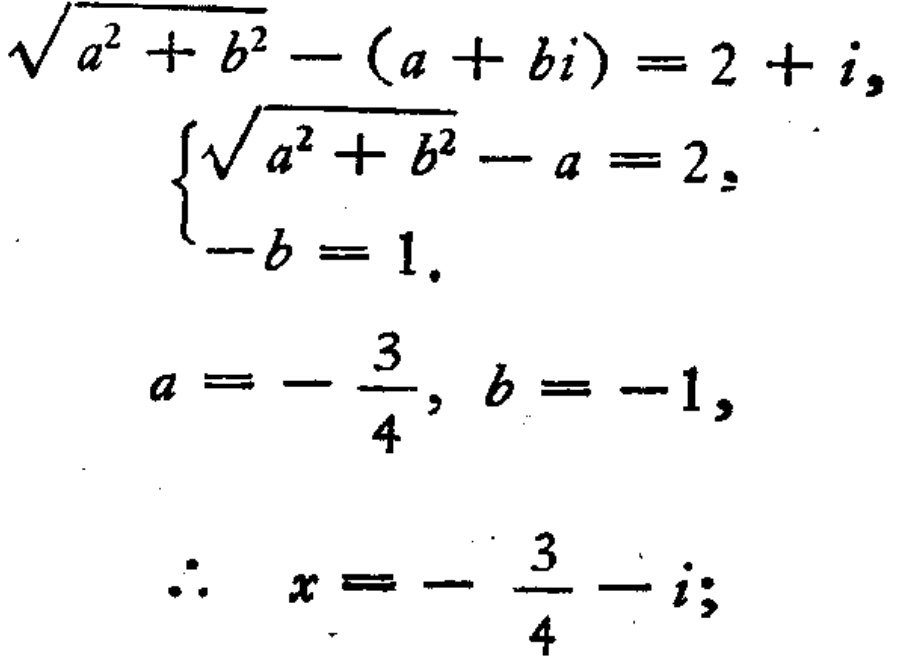
\[

\begin{align*}

\sqrt{a^{2}+b^{2}}-(a + bi)&=2 + i,\\

\begin{cases}

\sqrt{a^{2}+b^{2}}-a&=2,\\

-b&=1.

\end{cases}\\

a&=-\frac{3}{4}, b = - 1,\\

\therefore x&=-\frac{3}{4}-i;

\end{align*}

\]